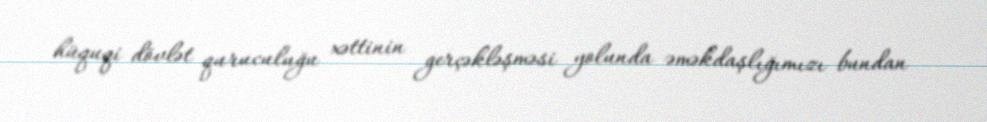
hüquqi dövlət quruculuğu xəttinin gerçəkləşməsi yolunda əməkdaşlığımızı bundan